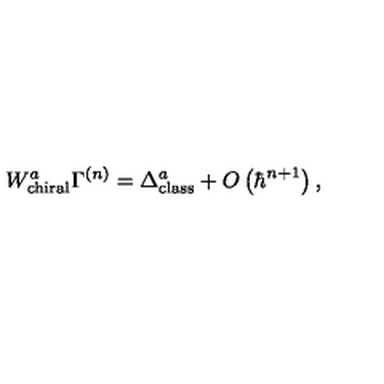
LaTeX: W _ { \mathrm { c h i r a l } } ^ { a } \Gamma ^ { \left( n \right) } = \Delta _ { \mathrm { c l a s s } } ^ { a } + O \left( \hbar ^ { n + 1 } \right) ,